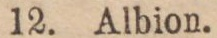
12. Albion.